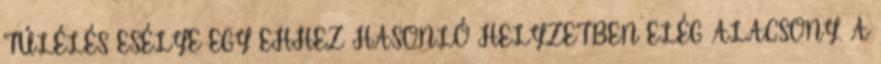
TÚLÉLÉS ESÉLYE EGY EHHEZ HASONLÓ HELYZETBEN ELÉG ALACSONY. A